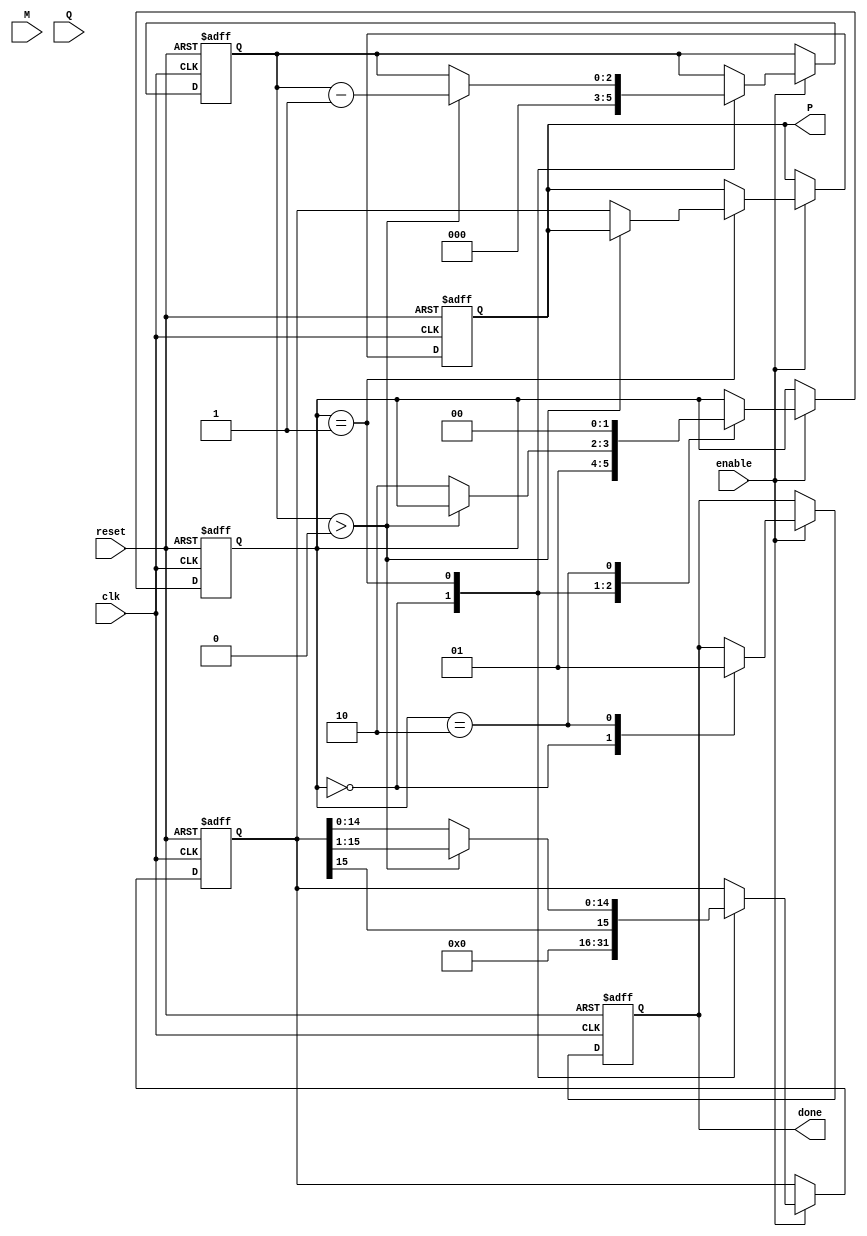
module modified_booth_multiplier #(
    parameter WIDTH = 8 // Bit-width for multiplicand and multiplier
)(
    input  wire clk,
    input  wire reset,
    input  wire enable,
    input  wire signed [WIDTH-1:0] M, // Multiplicand
    input  wire signed [WIDTH-1:0] Q, // Multiplier
    output reg signed [2*WIDTH-1:0] P, // Product
    output reg done                    // Indicate completion
);

    // Internal signals
    reg signed [WIDTH-1:0] M_reg;
    reg signed [WIDTH:0] Q_reg; // Q with an extra bit for Booth's algorithm
    reg signed [2*WIDTH-1:0] PP; // Partial Product Accumulator
    reg [2:0] counter; // Counter for the number of cycles
    reg [1:0] state; // State variable for FSM

    localparam IDLE = 2'b00;
    localparam EXECUTE = 2'b01;
    localparam DONE = 2'b10;

    // Initial conditions
    always @(posedge clk or posedge reset) begin
        if (reset) begin
            P <= 0;
            PP <= 0;
            Q_reg <= 0;
            M_reg <= 0;
            counter <= 0;
            state <= IDLE;
            done <= 0;
        end else if (enable) begin
            case (state)
                IDLE: begin
                    // Load the inputs and prepare for multiplication
                    M_reg <= M;
                    Q_reg <= {1'b0, Q}; // Extend Q to WIDTH + 1 for Booth encoding
                    PP <= 0;
                    counter <= WIDTH; // Number of bits to process
                    state <= EXECUTE;
                    done <= 0;
                end

                EXECUTE: begin
                    if (counter > 0) begin
                        // Booth encoding: check three bits
                        case ({Q_reg[1:0], Q_reg[0]}) // Qi-1, Qi-2, Qi
                            3'b001: PP <= PP + M_reg;         // Add M
                            3'b010: PP <= PP + M_reg;         // Add M
                            3'b011: PP <= PP + (M_reg << 1);  // Add 2M
                            3'b100: PP <= PP - M_reg;         // Subtract M
                            3'b101: PP <= PP - M_reg;         // Subtract M
                            3'b110: PP <= PP - (M_reg << 1);  // Subtract 2M
                            default: ; // No operation
                        endcase
                        
                        // Shift: Arithmetic right shift
                        PP <= {PP[2*WIDTH-1], PP[2*WIDTH-1:1]}; // Shift left for next cycle

                        // Shift the Q register
                        Q_reg <= {Q_reg[WIDTH:1], 1'b0}; // Shift right
                        counter <= counter - 1; // Decrement counter
                    end else begin
                        P <= PP; // Store the final product
                        state <= DONE;
                    end
                end

                DONE: begin
                    done <= 1; // Indicate multiplication is done
                    state <= IDLE; // Go back to idle state
                end
            endcase
        end
    end
endmodule